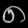
Digit: ၈